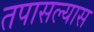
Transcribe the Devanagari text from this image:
तपासल्यास